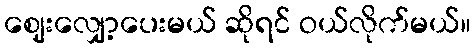
ဈေးလျှော့ပေးမယ် ဆိုရင် ဝယ်လိုက်မယ်။